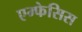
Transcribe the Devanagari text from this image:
एम्फेसिस